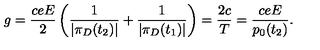
g = \frac { c e E } { 2 } \left( \frac { 1 } { | \pi _ { D } ( t _ { 2 } ) | } + \frac { 1 } { | \pi _ { D } ( t _ { 1 } ) | } \right) = \frac { 2 c } { T } = \frac { c e E } { p _ { 0 } ( t _ { 2 } ) } .